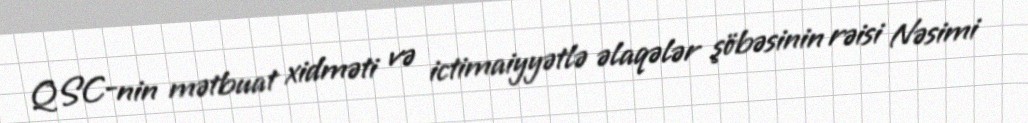
QSC-nin mətbuat xidməti və ictimaiyyətlə əlaqələr şöbəsinin rəisi Nəsimi